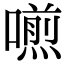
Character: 𠿏